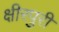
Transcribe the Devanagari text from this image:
क्षीरपुरी